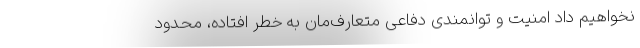
نخواهیم داد امنیت و توانمندی دفاعی متعارف‌مان به خطر افتاده، محدود